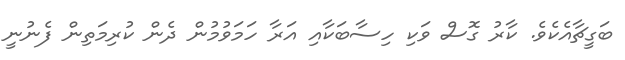
ބަގީޗާއެކެވެ. ކާރު ގޮސް ވަކި ހިސާބަކާއި އަރާ ހަމަވުމުން ދެން ކުރިމަތިން ފެނުނީ